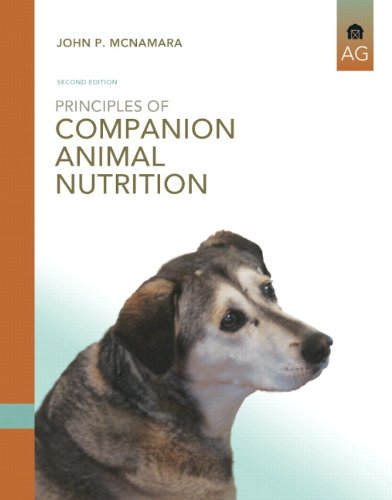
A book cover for Principles of Companion Animal Nutrition (2nd Edition); John P. McNamara; Crafts, Hobbies & Home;